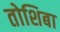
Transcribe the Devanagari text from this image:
तोशिबा